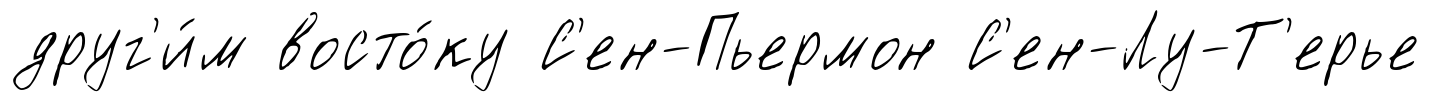
друг'и́м восто́ку С'ен-Пьермон С'ен-Лу-Т'ерье